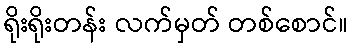
ရိုးရိုးတန်း လက်မှတ် တစ်စောင်။